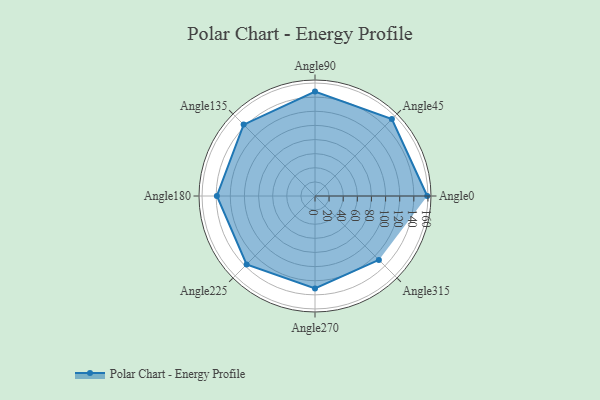
{"axis": {"x": "Angle", "y": "Radius"}, "legend": [""], "data": [{"x": "Angle0", "y": 159.0, "type": ""}, {"x": "Angle45", "y": 154.0, "type": ""}, {"x": "Angle90", "y": 148.0, "type": ""}, {"x": "Angle135", "y": 143.0, "type": ""}, {"x": "Angle180", "y": 139.0, "type": ""}, {"x": "Angle225", "y": 137.0, "type": ""}, {"x": "Angle270", "y": 131.0, "type": ""}, {"x": "Angle315", "y": 128.0, "type": ""}]}